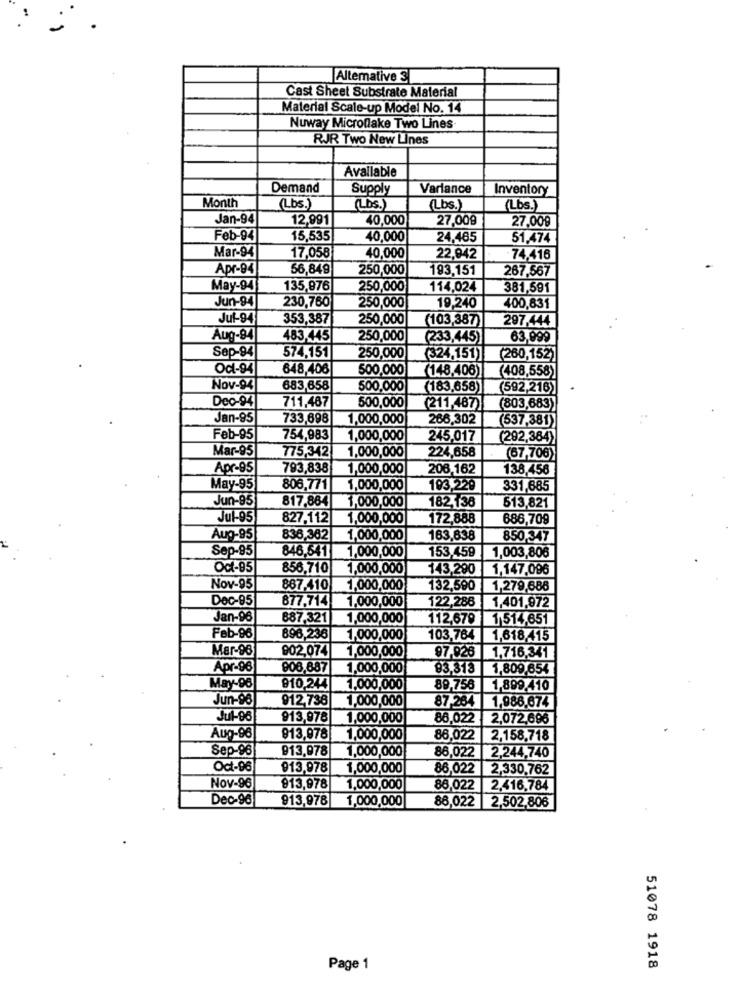
Alternative 3
Cast Sheet Substrate Material
Material Scale-up Model No. 14
Nuway Microlake Two Lines
RJR Two New Lines
Available
Demand
Supply
Variance
Inventory
Month
(Lbs.)
(Lbs.)
(Lbs.)
(Lbs.)
Jan-94
12,991
40,000
27,009
27,009
Feb-94
15,535
40,000
24,485
51,474
Mar-94
17,058
40,000
22,942
74,416
Apr-94
56,849
250,000
193,151
267,567
May-94
135,976
250,000
114,024
381,591
Jun-94
230,760
250,000
19,240
400,831
Jul-94
353,387
250,000
297.444
(103,387)
Aug-94
483,445
250,000
(233,445)
63,999
Sep-94
574,151
250,000
324,151)
(260,152)
Ocl-94
648,406
500,000
(408,558)
(148,406)
Nov-94
683,658
500,000
(183,658)
(592,216)
Dec-94
711,487
500,000
(211,487)
(803,683)
Jan-95
733,698
1,000,000
266,302
537,381)
Feb-95
754,983
1,000,000
245,017
(292,384)
Mar-95
1,000,000
224,658
775,342
(67,706)
Apr-95
793,838
1,000,000
206,162
138,456
May-95
806,771
1,000,000
193,229
331,685
Jun-95
817.864
1,000,000
182,138
513,821
Jul-95
827.112
1,000,000
172,888
686,709
Aug-95
836,362
1,000,000
163,638
850,347
Sep-95
846,541
1,000,000
153,459
1,003,806
Oct-95
856,710
1,000,000
143,290
1.147,096
Nov-95
867,410
1,000,000
132,590
1,279,686
Dec-95
877.714
1,000,000
122,286
1,401,972
Jan-96
887,321
1,000,000
112,679
1 514,651
Feb-96
896,236
1,000,000
103,784
1,618,415
Mar-96
902,074
97,926
1,000,000
1,716,341
Apr-96
908,887
1,000,000
93,318
1,809,654
May-96
910,244
1.000,000
89,756
1,899,410
Jun-96
912.738
1,000,000
87.264
1,988,674
Jul-06
913,978
1,000,000
86.022
2,072,696
Aug-96
1,000,000
86.022
2,158,718
Sep-96
913,978
1,000,000
86,022
2,244,740
Oct-96
913,978
1,000,000
86,022
2,330,762
Nov-96
913,978
1,000,000
86,022
2.416,784
Dec-96
913,978 1,000,000
86,022 2,502,806
Page 1
51078 1918